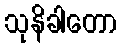
သုနိခါတော